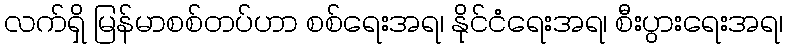
လက်ရှိ မြန်မာစစ်တပ်ဟာ စစ်ရေးအရ၊ နိုင်ငံရေးအရ၊ စီးပွားရေးအရ၊